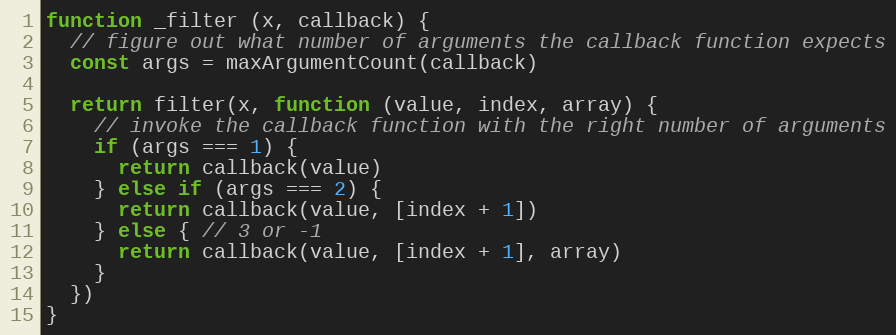
Language: JavaScript
function _filter (x, callback) {
  // figure out what number of arguments the callback function expects
  const args = maxArgumentCount(callback)

  return filter(x, function (value, index, array) {
    // invoke the callback function with the right number of arguments
    if (args === 1) {
      return callback(value)
    } else if (args === 2) {
      return callback(value, [index + 1])
    } else { // 3 or -1
      return callback(value, [index + 1], array)
    }
  })
}